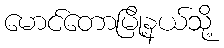
မောင်တောမြို့နယ်သို့